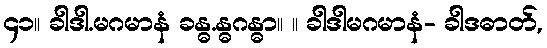
၄၁။ ခါဒါ.မဂမာနံ ခန္ဓ.န္ဓဂန္ဓာ။ ။ ခါဒါမဂမာနံ- ခါဒဓာတ်,